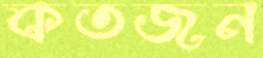
কতজন